65_HS1-834228961_62-HQ-83894_Section_7
Agency: FBI
Page 184
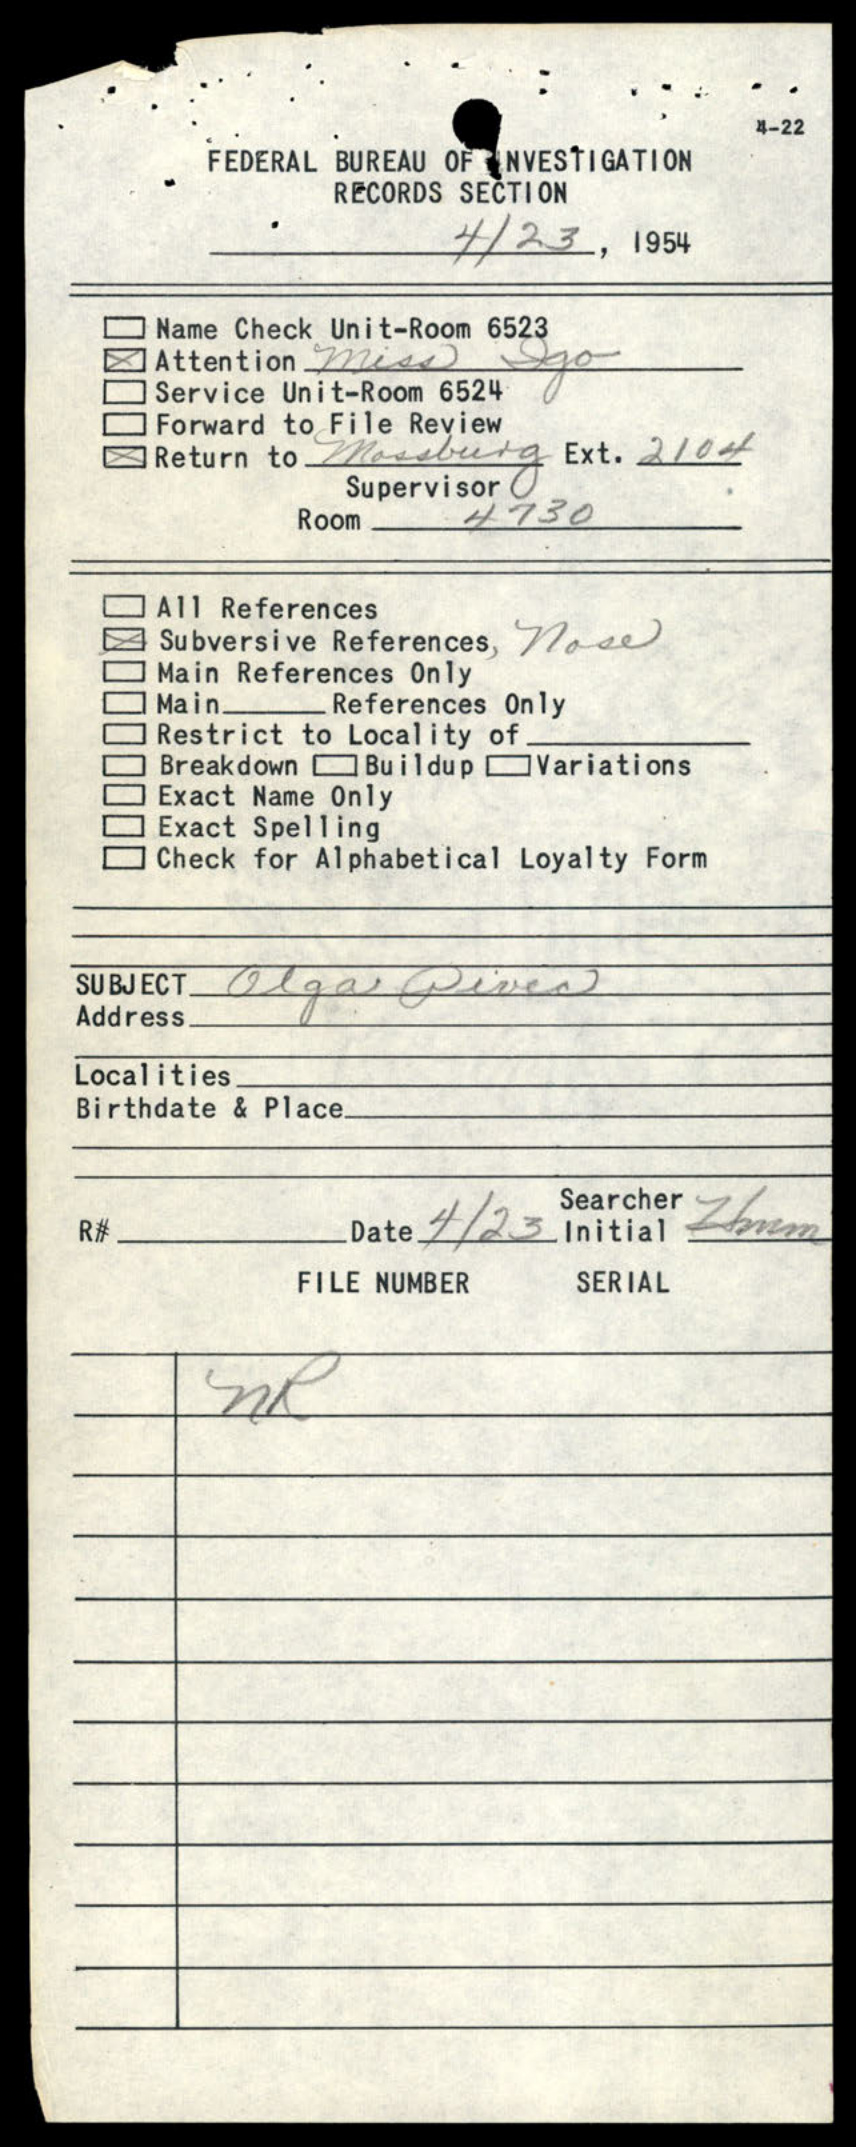